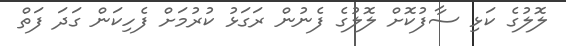
ލޮލުގެ ކަޅި ސާފުކޮށް ލޮލުގެ ފެނުން ރަގަޅު ކުރުމަށް ފެހިކަން ގަދަ ފަތް